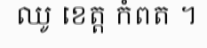
ឈូ ខេត្ត កំពត ។